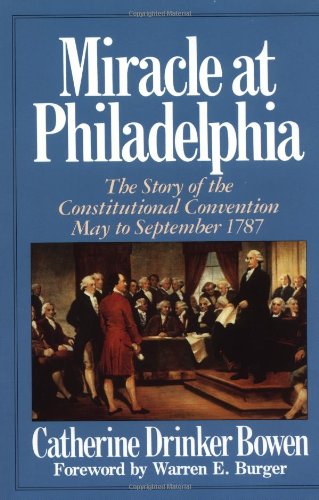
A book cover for Miracle At Philadelphia: The Story of the Constitutional Convention May - September 1787; Catherine Drinker Bowen; History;